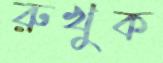
রুখুক